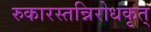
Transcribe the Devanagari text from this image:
रुकारस्तन्निरोधकृत्